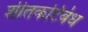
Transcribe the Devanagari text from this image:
शीतकटिबंध